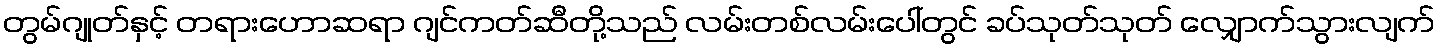
တွမ်ဂျုတ်နှင့် တရားဟောဆရာ ဂျင်ကတ်ဆီတို့သည် လမ်းတစ်လမ်းပေါ်တွင် ခပ်သုတ်သုတ် လျှောက်သွားလျက်